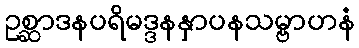
ဥစ္ဆာဒနပရိမဒ္ဒနနှာပနသမ္ဗာဟနံ